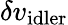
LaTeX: \delta v_{\mathrm{{idler}}}